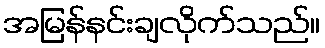
အမြန်နင်းချလိုက်သည်။